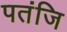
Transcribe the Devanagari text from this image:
पतंजि